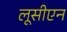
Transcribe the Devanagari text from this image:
लूसीएन